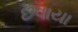
છવાયા